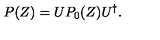
P ( Z ) = U P _ { 0 } ( Z ) U ^ { \dag } .